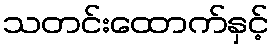
သတင်းထောက်နှင့်